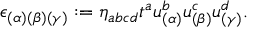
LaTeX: \epsilon _ { ( \alpha ) ( \beta ) ( \gamma ) } : = \eta _ { a b c d } t ^ { a } u _ { ( \alpha ) } ^ { b } u _ { ( \beta ) } ^ { c } u _ { ( \gamma ) } ^ { d } .